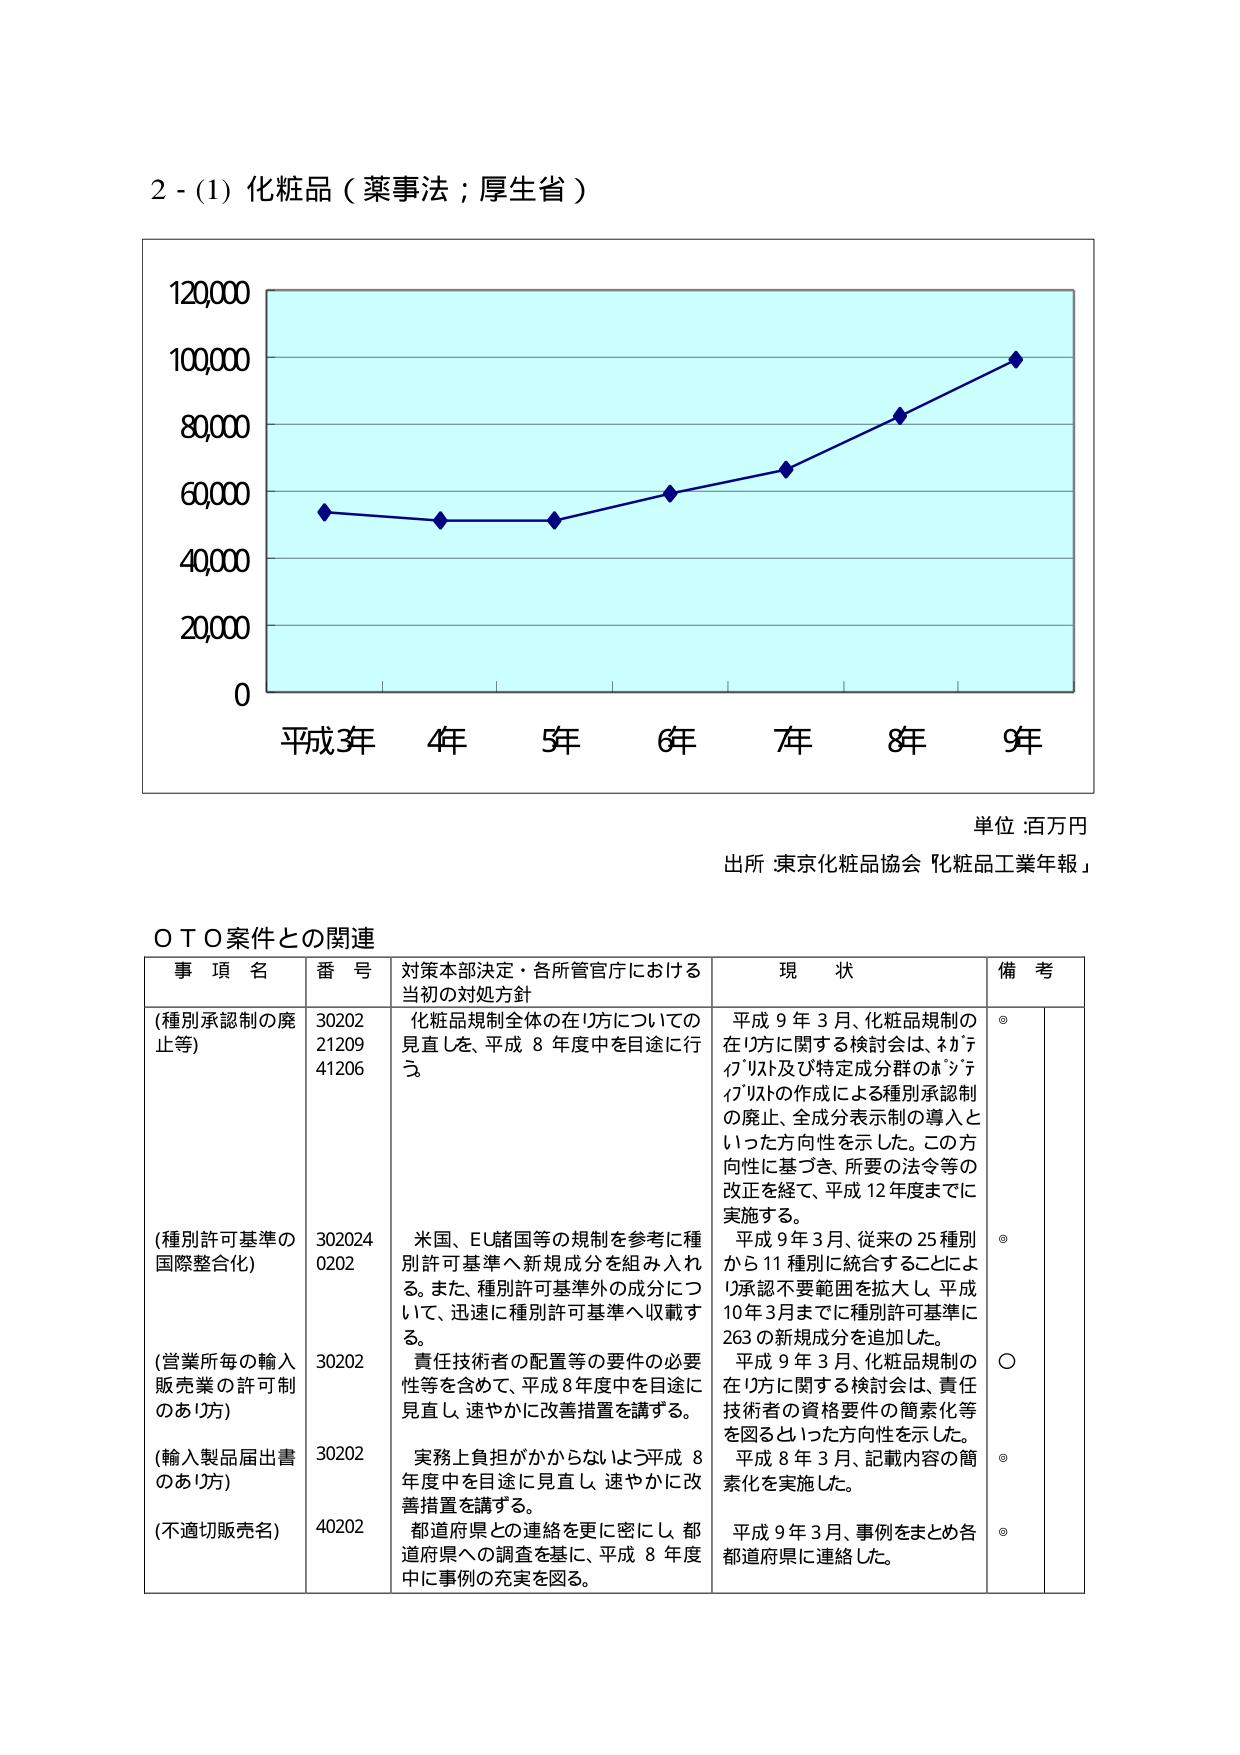
2 - (1) 化粧品（薬事法；厚生省）

120,000
100,000
80,000
60,000
40,000
20,000
0

平成3年　4年　5年　6年　7年　8年　9年

単位：百万円
出所：東京化粧品協会「化粧品工業年報」

ＯＴＯ案件との関連

事項名　　　　　番号　　　対策本部決定・各所管官庁における　　　現状　　　　　備考
　　　　　　　　　　　　　　当初の対処方針

(種別承認制の廃止等)　30202　化粧品規制全体の在り方についての　平成9年3月、化粧品規制の　◎
　　　　　　　　　　21209　見直しを、平成8年度中を目途に行　在り方に関する検討会は、ｶｳﾃ
　　　　　　　　　　41206　う。　　　　　　　　　　　　　　ｲﾌﾞﾘｽﾄ及び特定成分群のﾎﾞﾝﾃ
　　　　　　　　　　　　　　　　　　　　　　　　　　　　ｲﾌﾞﾘｽﾄの作成による種別承認制
　　　　　　　　　　　　　　　　　　　　　　　　　　　　の廃止、全成分表示制の導入と
　　　　　　　　　　　　　　　　　　　　　　　　　　　　いった方向性を示した。この方
　　　　　　　　　　　　　　　　　　　　　　　　　　　　向性に基づき、所要の法令等の
　　　　　　　　　　　　　　　　　　　　　　　　　　　　改正を経て、平成12年度までに
　　　　　　　　　　　　　　　　　　　　　　　　　　　　実施する。

(種別許可基準の国際整合化)　302024　米国、EU諸国等の規制を参考に種　平成9年3月、従来の25種別　◎
　　　　　　　　　　　　　　0202　別許可基準へ新規成分を組み入れ　から11種別に統合することによ
　　　　　　　　　　　　　　　　る。また、種別許可基準外の成分につ　り承認不要範囲を拡大し、平成
　　　　　　　　　　　　　　　　いて、迅速に種別許可基準へ収載す　10年3月までに種別許可基準に
　　　　　　　　　　　　　　　　る。　　　　　　　　　　　　　　263の新規成分を追加した。

(営業所毎の輸入販売業の許可制のあり方)　30202　責任技術者の配置等の要件の必要　平成9年3月、化粧品規制の　〇
　　　　　　　　　　　　　　　　　　　　性等を含めて、平成8年度中を目途に　在り方に関する検討会は、責任
　　　　　　　　　　　　　　　　　　　　見直し、速やかに改善措置を講ずる。　技術者の資格要件の簡素化等
　　　　　　　　　　　　　　　　　　　　　　　　　　　　を図るといった方向性を示した。

(輸入製品届出書のあり方)　30202　実務上負担ががかからないよう平成8　平成8年3月、記載内容の簡　◎
　　　　　　　　　　　　　　　　　　年度中を目途に見直し、速やかに改　素化を実施した。
　　　　　　　　　　　　　　　　　　善措置を講ずる。

(不適切販売名)　40202　都道府県との連絡を更に密にし、都　平成9年3月、事例をまとめ各　◎
　　　　　　　　　　　　　　　　道府県への調査を基に、平成8年度　都道府県に連絡した。
　　　　　　　　　　　　　　　　中に事例の充実を図る。